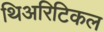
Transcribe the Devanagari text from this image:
थिअरिटिकल